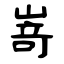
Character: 嵜